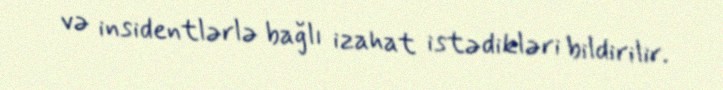
və insidentlərlə bağlı izahat istədikləri bildirilir.